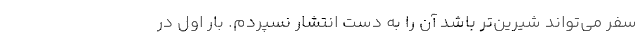
سفر می‌تواند شیرین‌تر باشد آن را به دست انتشار نسپردم. بار اول در